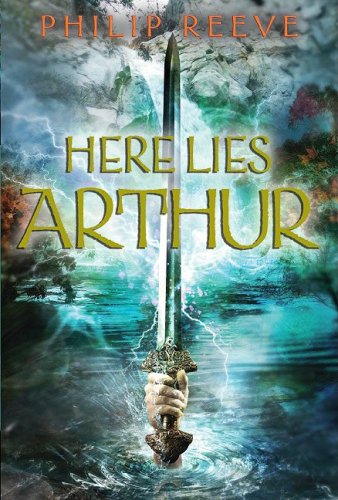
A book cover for Here Lies Arthur; Philip Reeve; Children's Books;